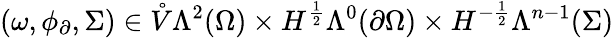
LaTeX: (\omega,\phi_{\partial},\Sigma)\in\mathring{V}\Lambda^{2}(\Omega)\times H^{\frac{1}{2}}\Lambda^{0}(\partial\Omega)\times H^{-\frac{1}{2}}\Lambda^{n-1}(\Sigma)